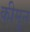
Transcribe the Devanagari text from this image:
कीमून